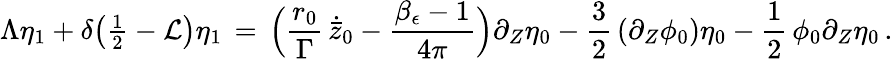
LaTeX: \Lambda\eta_{1}+\delta\bigl({\textstyle\frac 12}-\mathcal{L}\bigr)\eta_{1}\, =\, \Bigl(\frac{{r_{0}}}{\Gamma}\, \dot{\bar{z}}_{0}-\frac{\beta_{\epsilon}-1}{4\pi}\Bigr)\partial_{Z}\eta_{0}-\frac{3}{2}\, (\partial_{Z}\phi_{0})\eta_{0}-\frac{1}{2}\, \phi_{0}\partial_{Z}\eta_{0}\, .